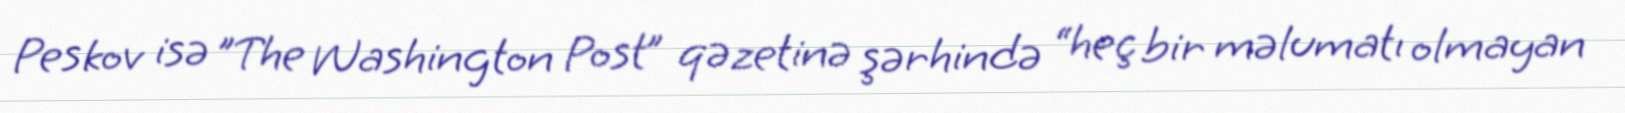
Peskov isə "The Washington Post” qəzetinə şərhində “heç bir məlumatı olmayan